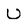
Character: u